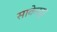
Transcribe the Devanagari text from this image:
साकेन्द्र